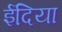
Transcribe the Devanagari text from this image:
ईदिया